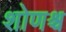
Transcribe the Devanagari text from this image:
शोणश्च